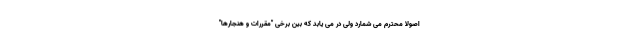
اصولاً محترم می شمارد ولی در می یابد که بین برخی "مقررات و هنجارها"